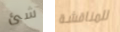
شئ للمناقشة